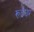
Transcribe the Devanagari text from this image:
रूईघर